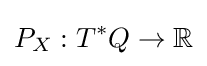
P_{X}:T^{*}Q\to \mathbb {R}